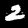
Label: 2